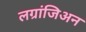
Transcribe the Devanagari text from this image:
लग्रांजिअन